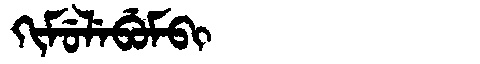
Manchu: ᡴᡳᠮᡠᠯᡝᠪᡠᠮᠪᡳ
Romanization: KIMULEBUMBI